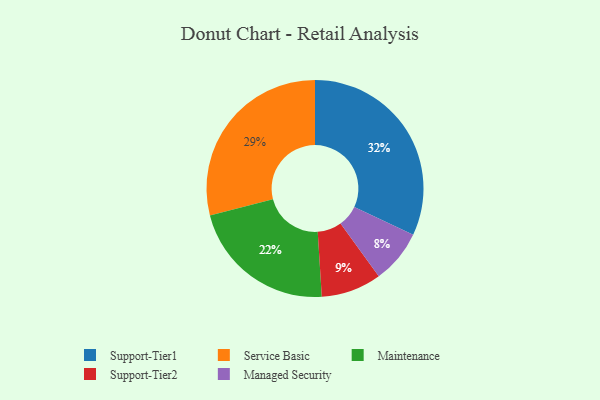
{"axis": {"x": "Category", "y": "Percentage"}, "legend": ["Maintenance", "Managed Security", "Service Basic", "Support-Tier1", "Support-Tier2"], "data": [{"x": "Maintenance", "y": 22, "type": "Maintenance"}, {"x": "Support-Tier2", "y": 9, "type": "Support-Tier2"}, {"x": "Service Basic", "y": 29, "type": "Service Basic"}, {"x": "Support-Tier1", "y": 32, "type": "Support-Tier1"}, {"x": "Managed Security", "y": 8, "type": "Managed Security"}]}